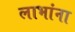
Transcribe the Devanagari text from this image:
लाभांना